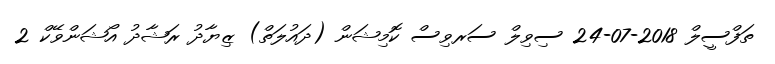
ތަފްސީލް 2018-07-24 ސިވިލް ސަރވިސް ކޮމިޝަން (ދައުލަތް) ޒިޔާދު ރަޝާދު އޯޝަންވޭކް 2